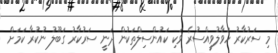
މި ސަރުކާރު ހަވާލުވީއްސުރެ ވަކި ކައުންސިލްތަކުން ދަނީ ސަރުކާރު ގަބޫލު ނުކުރާ ކަމަށް